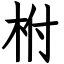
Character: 柎